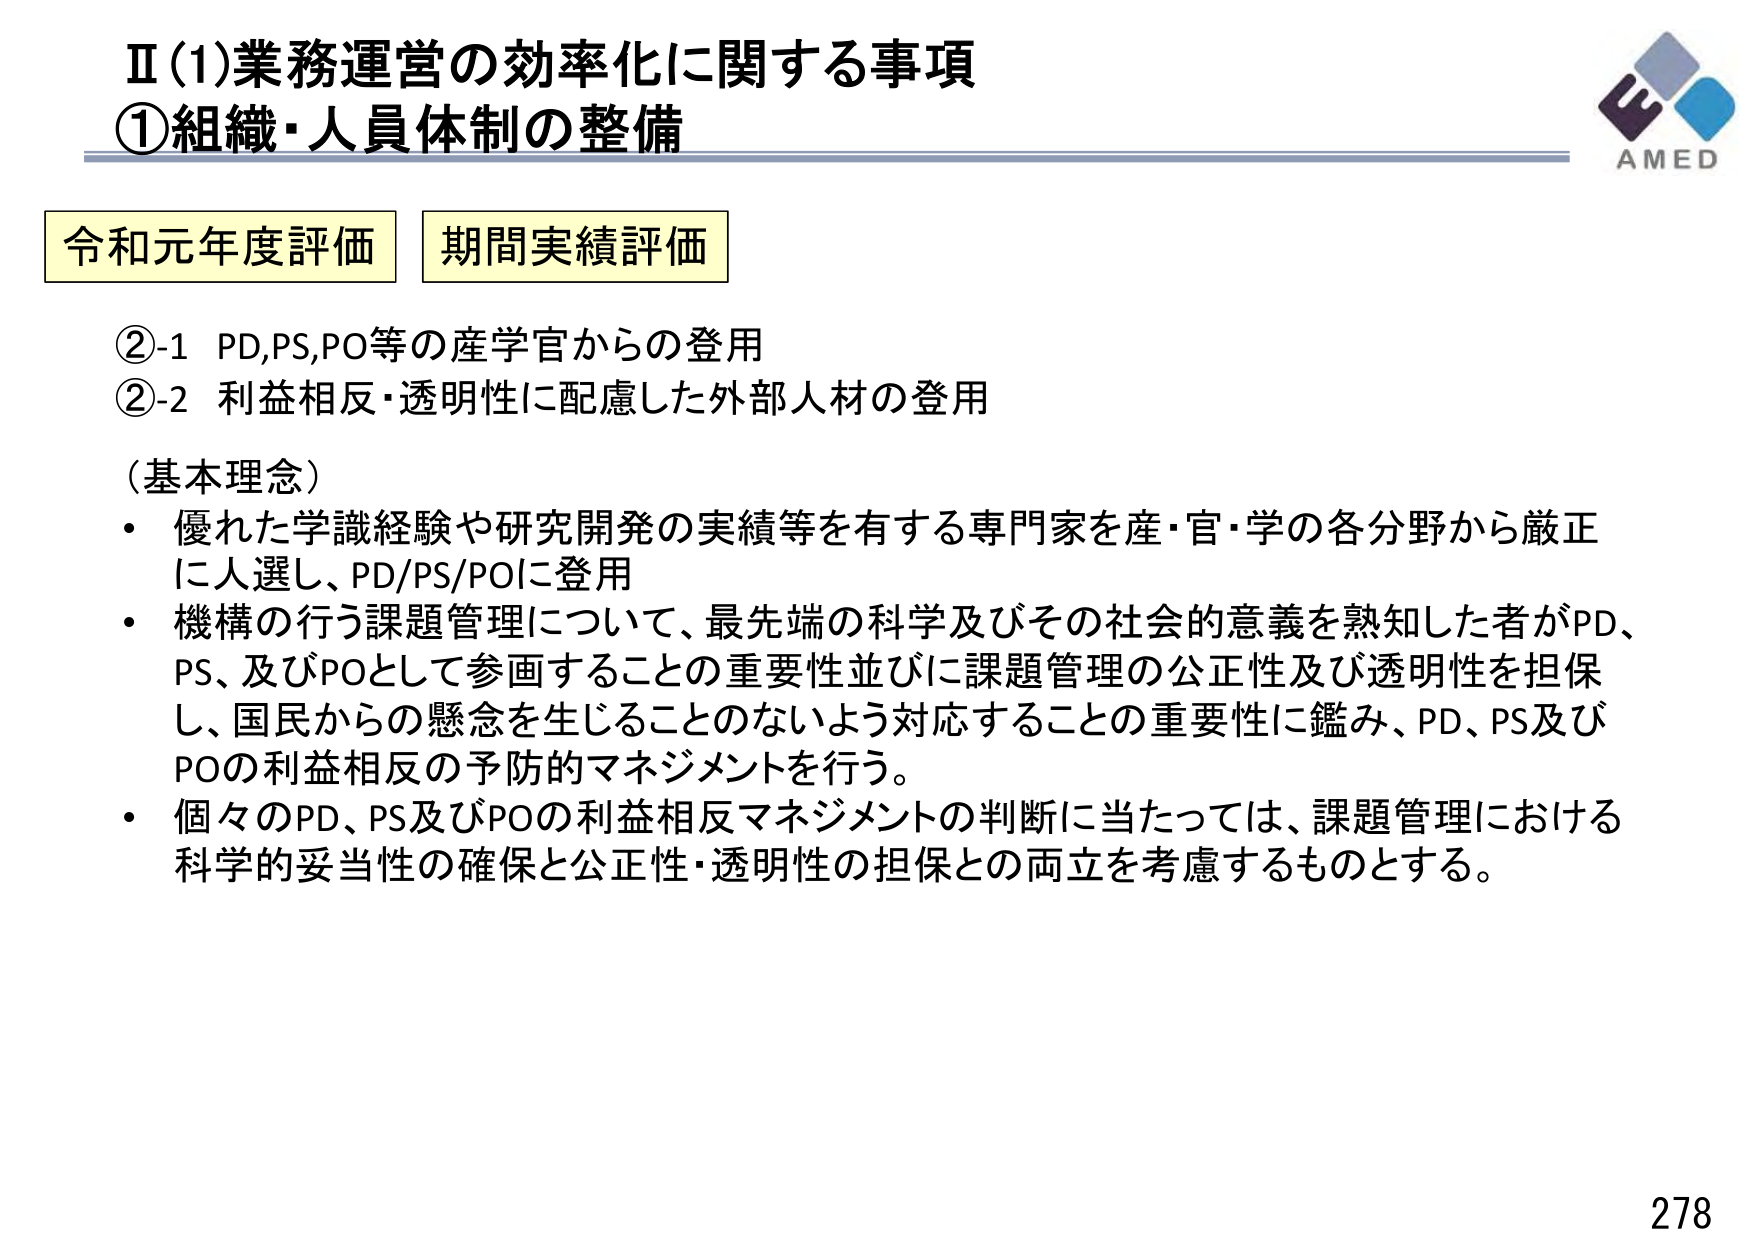
Ⅱ(1)業務運営の効率化に関する事項
①組織・人員体制の整備

令和元年度評価　期間実績評価

②-1 PD,PS,PO等の産学官からの登用
②-2 利益相反・透明性に配慮した外部人材の登用

（基本理念）
・優れた学識経験や研究開発の実績等を有する専門家を産・官・学の各分野から厳正に人選し、PD/PS/POに登用
・機構の行う課題管理について、最先端の科学及びその社会的意義を熟知した者がPD、PS、及びPOとして参画することの重要性並びに課題管理の公正性及び透明性を担保し、国民からの懸念を生じることのないよう対応することの重要性に鑑み、PD、PS及びPOの利益相反の予防的マネジメントを行う。
・個々のPD、PS及びPOの利益相反マネジメントの判断に当たっては、課題管理における科学的妥当性の確保と公正性・透明性の担保との両立を考慮するものとする。

AMED
278